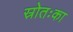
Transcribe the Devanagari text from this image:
स्रोतःका